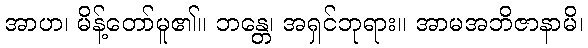
အာဟ၊ မိန့်တော်မူ၏။ ဘန္တေ၊ အရှင်ဘုရား။ အာမအဘိဇာနာမိ၊